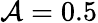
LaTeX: \mathbf{\mathcal{A}}=0.5